Senior Leaving Certificate Examination (including Day School Certificate (Higher) General paper), 1947
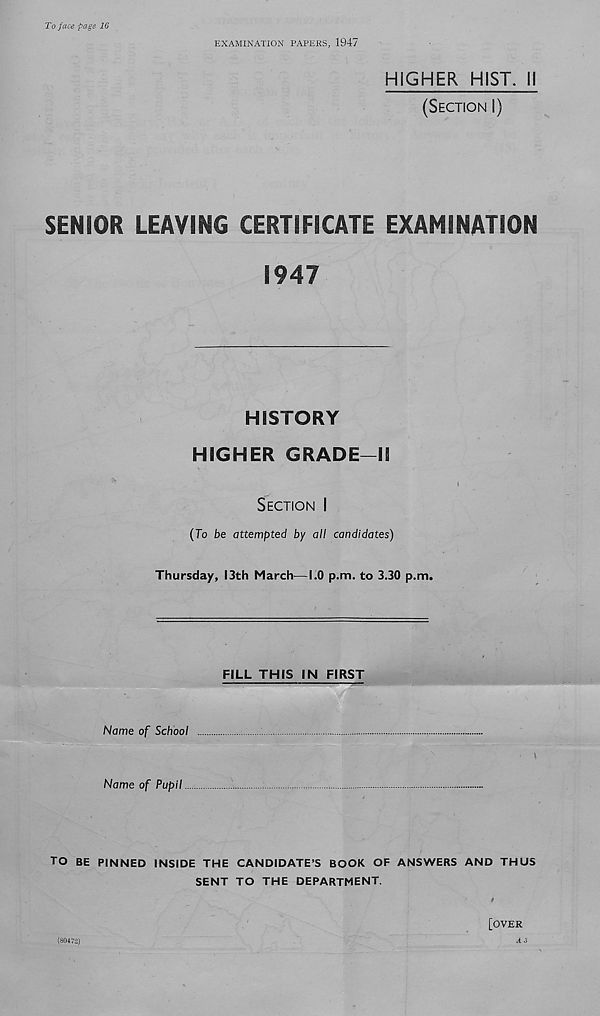
To face page 16
EXAMINATION PAPERS, 1947
HIGHER HIST. 11
(SECTION I)
SENIOR LEAVING CERTIFICATE EXAMINATION
1947
HISTORY
HIGHER GRADE-11
SECTION I
(To be attempted by all candidates)
Thursday, 13th March—1.0 p.m. to 3.30 p.m.
FILL THIS IN FIRST
Name of School
Name of Pupil
TO BE PINNED INSIDE THE CANDIDATE’S BOOK OF ANSWERS AND THUS
SENT TO THE DEPARTMENT.
[OVER
A 3
(80472)